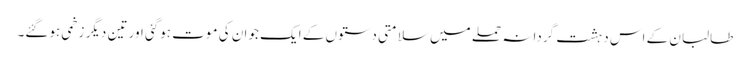
طالبان کے اس دہشت گردانہ حملے میں سلامتی دستوں کے ایک جوان کی موت ہوگئی اور تین دیگر زخمی ہوگئے۔